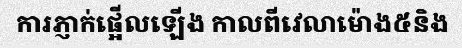
ការភ្ញាក់ផ្អើលឡើង កាលពីវេលាម៉ោង៥និង